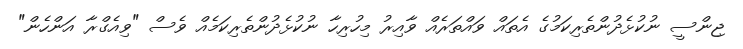
ޖިންސީ ނުކުޅެދުންތެރިކަމުގެ އެތައް ވައްތަރެއް ވާއިރު މިހުރިހާ ނުކުޅެދުންތެރިކަމެއް ވެސް "ވިއެގްރާ އަންހެން"